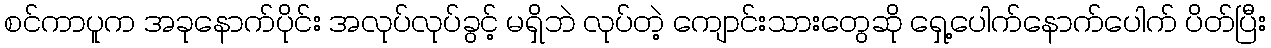
စင်ကာပူက အခုနောက်ပိုင်း အလုပ်လုပ်ခွင့် မရှိဘဲ လုပ်တဲ့ ကျောင်းသားတွေဆို ရှေ့ပေါက်နောက်ပေါက် ပိတ်ပြီး